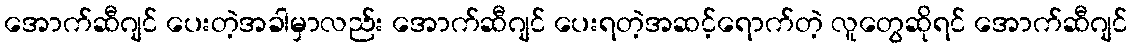
အောက်ဆီဂျင် ပေးတဲ့အခါမှာလည်း အောက်ဆီဂျင် ပေးရတဲ့အဆင့်ရောက်တဲ့ လူတွေဆိုရင် အောက်ဆီဂျင်